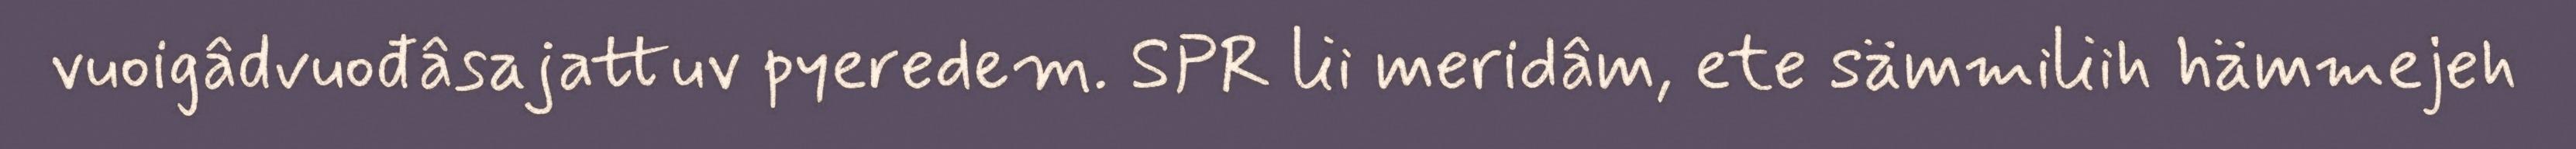
vuoigâdvuođâsajattuv pyeredem. SPR lii meridâm, ete sämmiliih hämmejeh